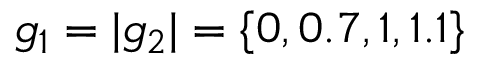
g _ { 1 } = | g _ { 2 } | = \{ 0 , 0 . 7 , 1 , 1 . 1 \}